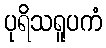
ပုရိသရူပကံ